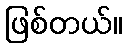
ဖြစ်တယ်။